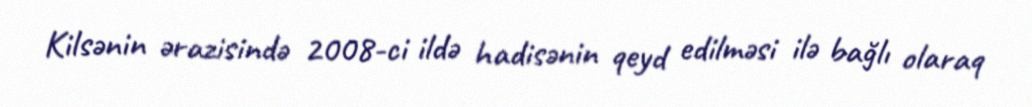
Kilsənin ərazisində 2008-ci ildə hadisənin qeyd edilməsi ilə bağlı olaraq